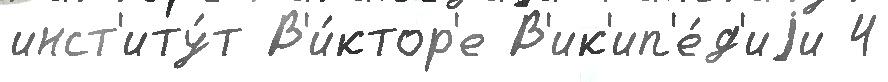
инст'иту́т В'и́ктор'е В'ик'ип'е́д'иjи 4